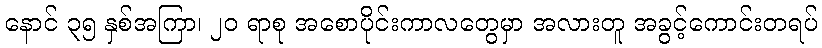
နောင် ၃၅ နှစ်အကြာ၊ ၂၀ ရာစု အစောပိုင်းကာလတွေမှာ အလားတူ အခွင့်ကောင်းတရပ်